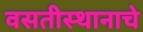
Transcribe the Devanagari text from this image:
वसतीस्थानाचे